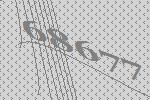
68677